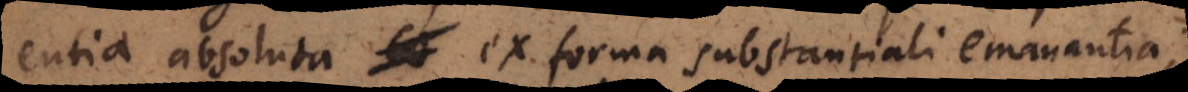
entia absoluta ex forma substantiali emanantia,